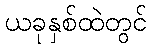
ယခုနှစ်ထဲတွင်